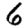
Digit: 6